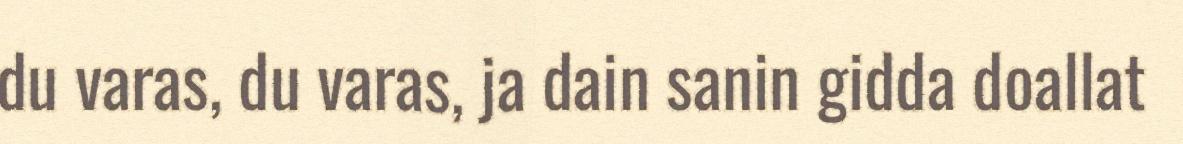
du varas, du varas, ja dain sanin gidda doallat